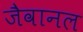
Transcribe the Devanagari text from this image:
जैवानल